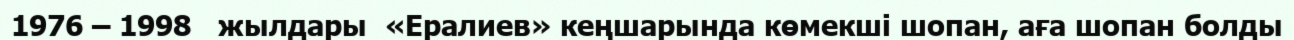
1976 – 1998   жылдары  «Ералиев» кеңшарында көмекші шопан, аға шопан болды